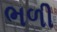
ભળી